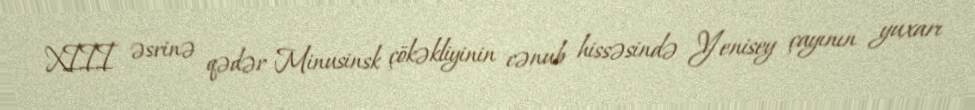
XIII əsrinə qədər Minusinsk çökəkliyinin cənub hissəsində Yenisey çayının yuxarı